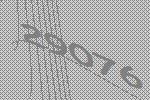
29076